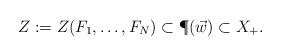
LaTeX: \begin{align*}Z:=Z(F_1,\dots,F_N)\subset\P(\vec w)\subset X_+.\end{align*}